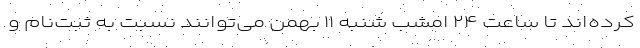
کرده‌اند تا ساعت ۲۴ امشب شنبه ۱۱ بهمن می‌توانند نسبت به ثبت‌نام و